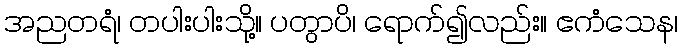
အညတရံ၊ တပါးပါးသို့။ ပတွာပိ၊ ရောက်၍လည်း။ ဧကံသေန၊